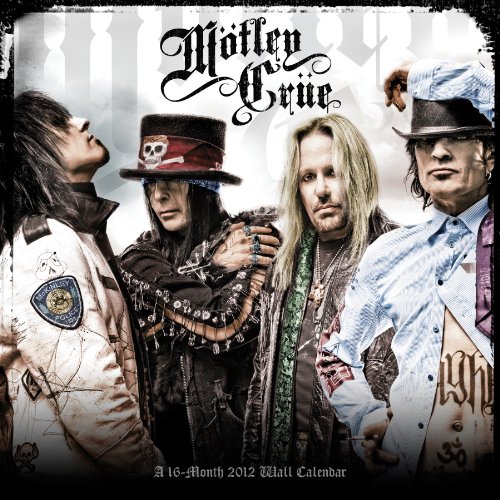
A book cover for Motley Crue 2012 Wall Calendar; DateWorks; Calendars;